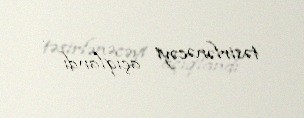
təsirlənəcəyi açıqlandı .